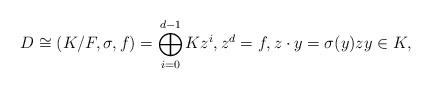
LaTeX: \begin{align*}D\cong (K/F, \sigma, f)=\bigoplus_{i=0}^{d-1} K z^i, z^d=f, z\cdot y=\sigma(y) z y\in K,\end{align*}